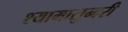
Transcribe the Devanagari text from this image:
श्यामासुन्दरी